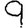
Digit: 9